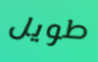
طويل